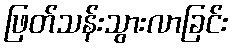
ဖြတ်သန်းသွားလာခြင်း